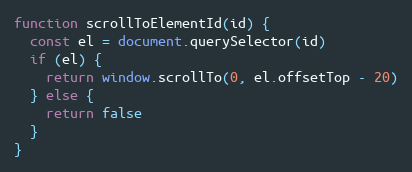
Language: JavaScript
function scrollToElementId(id) {
  const el = document.querySelector(id)
  if (el) {
    return window.scrollTo(0, el.offsetTop - 20)
  } else {
    return false
  }
}